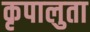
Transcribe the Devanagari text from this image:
कृपालुता